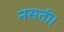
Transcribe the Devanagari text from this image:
नसती।